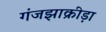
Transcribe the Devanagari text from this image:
गंजझाक्रीड़ा